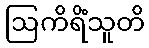
ဩကိရိံသူတိ